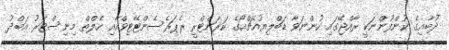
ދުބާއިގެ ކުންފުންނަކީ ރާއްޖޭގައި ހުންނަވާ ޑަބްލިޔުއެޗްއޯގެ ކަރަންޓްރީ ރެޕަރެސެންޓޭޓިވްއާއި ހެލްތް މިނިސްޓަރު އަބްދު